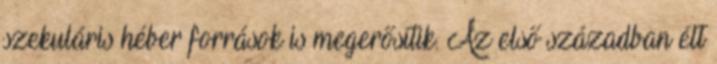
szekuláris héber források is megerősítik. Az első században élt